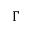
\Gamma